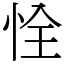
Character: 恮